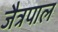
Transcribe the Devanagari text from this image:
जैत्रपाल